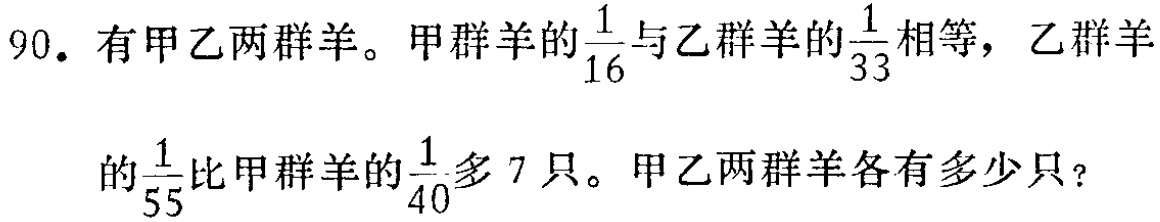
90. 有甲乙两群羊。甲群羊的$\frac{1}{16}$与乙群羊的$\frac{1}{33}$相等，乙群羊的$\frac{1}{55}$比甲群羊的$\frac{1}{40}$多 7 只。甲乙两群羊各有多少只？